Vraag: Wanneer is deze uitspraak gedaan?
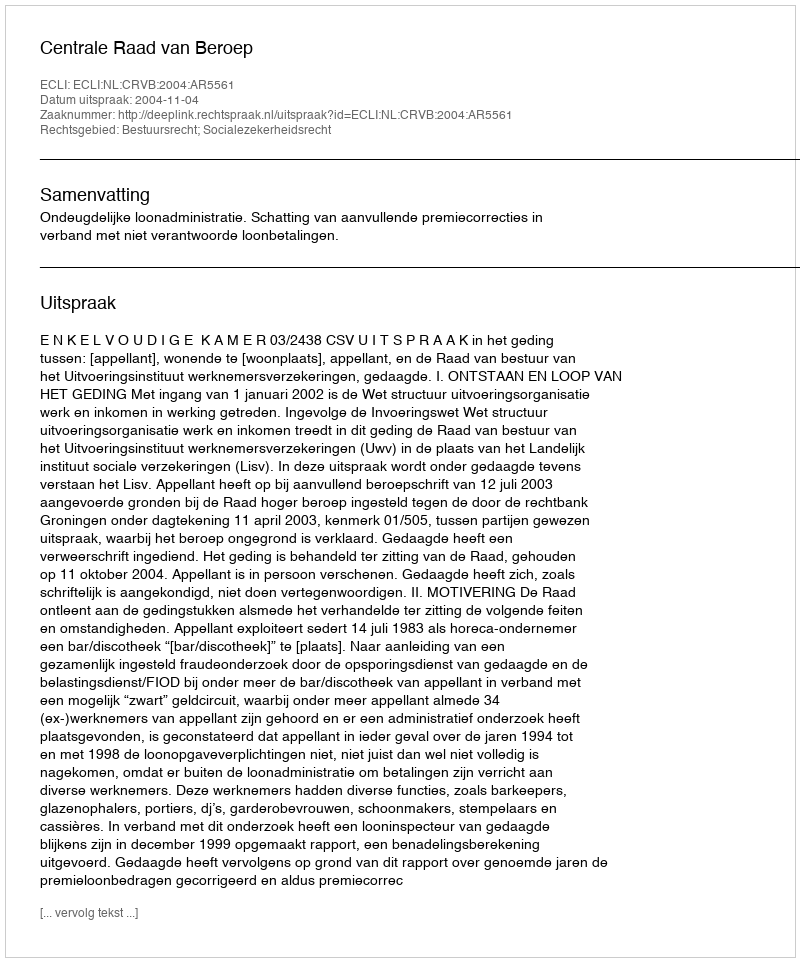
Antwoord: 2004-11-04